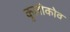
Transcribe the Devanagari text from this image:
कुलीकोव